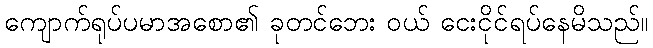
ကျောက်ရုပ်ပမာအစော၏ ခုတင်ဘေး ဝယ် ငေးငိုင်ရပ်နေမိသည်။